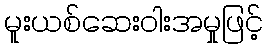
မူးယစ်ဆေးဝါးအမှုဖြင့်